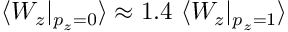
\langle W _ { z } | _ { p _ { z } { = } 0 } \rangle \approx 1 . 4 ~ \langle W _ { z } | _ { p _ { z } { = } 1 } \rangle